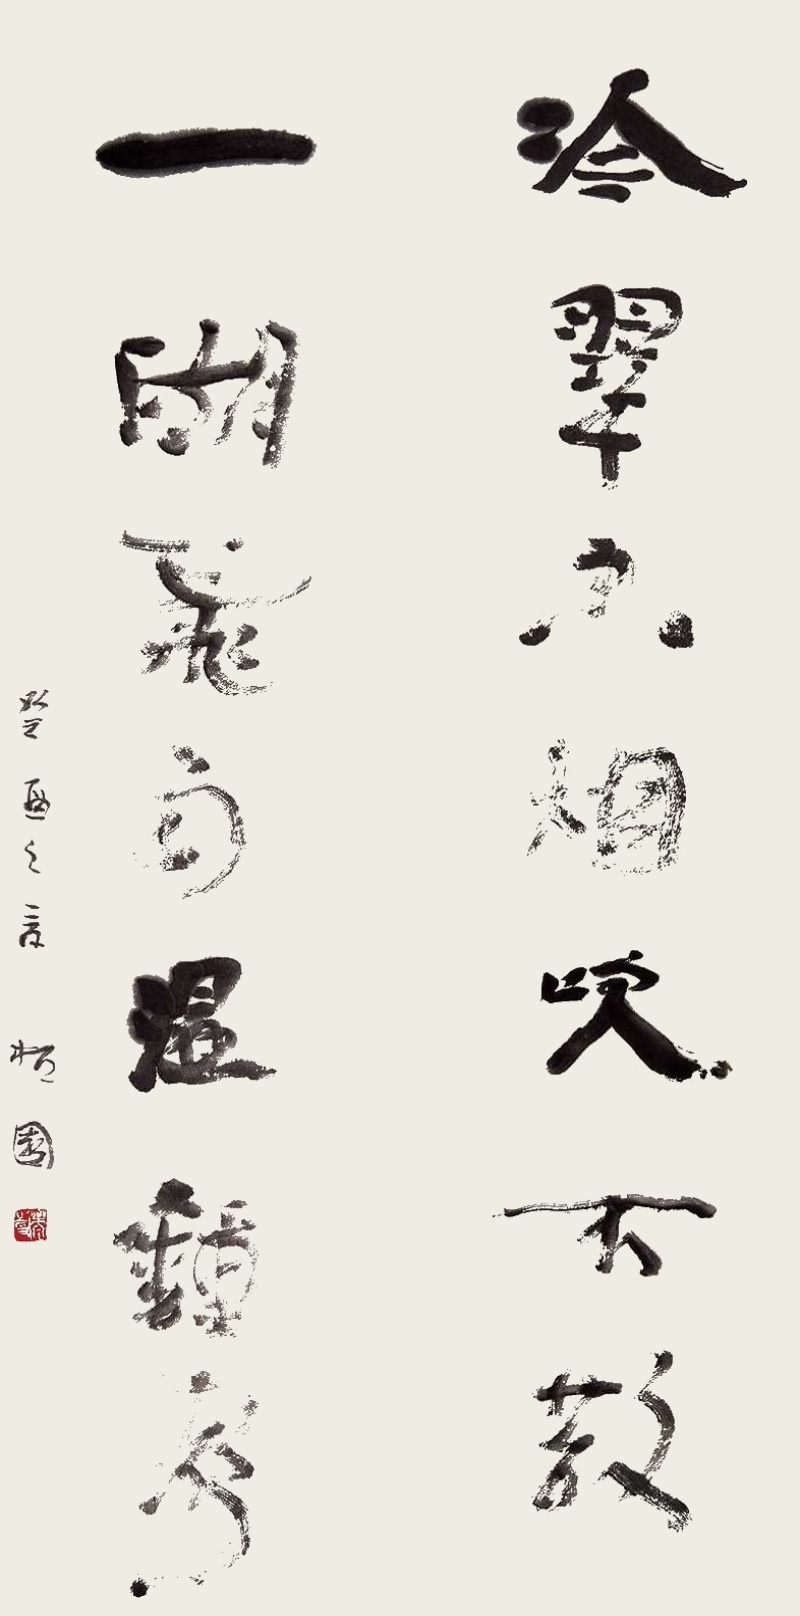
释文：冷翠空烟吹不散，一湖飞雨湿钟声。癸酉（1993）之夏，拓园。